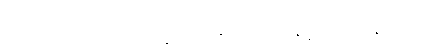
အင်္ဂဟာရော’င်္ဂဝိက္ခေပေါ၊ နဋ္ဋကော နဋကော နဋော။